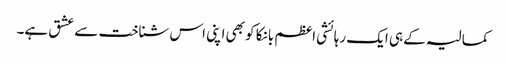
کمالیہ کے ہی ایک رہائشی اعظم بانکا کو بھی اپنی اس شناخت سے عشق ہے۔